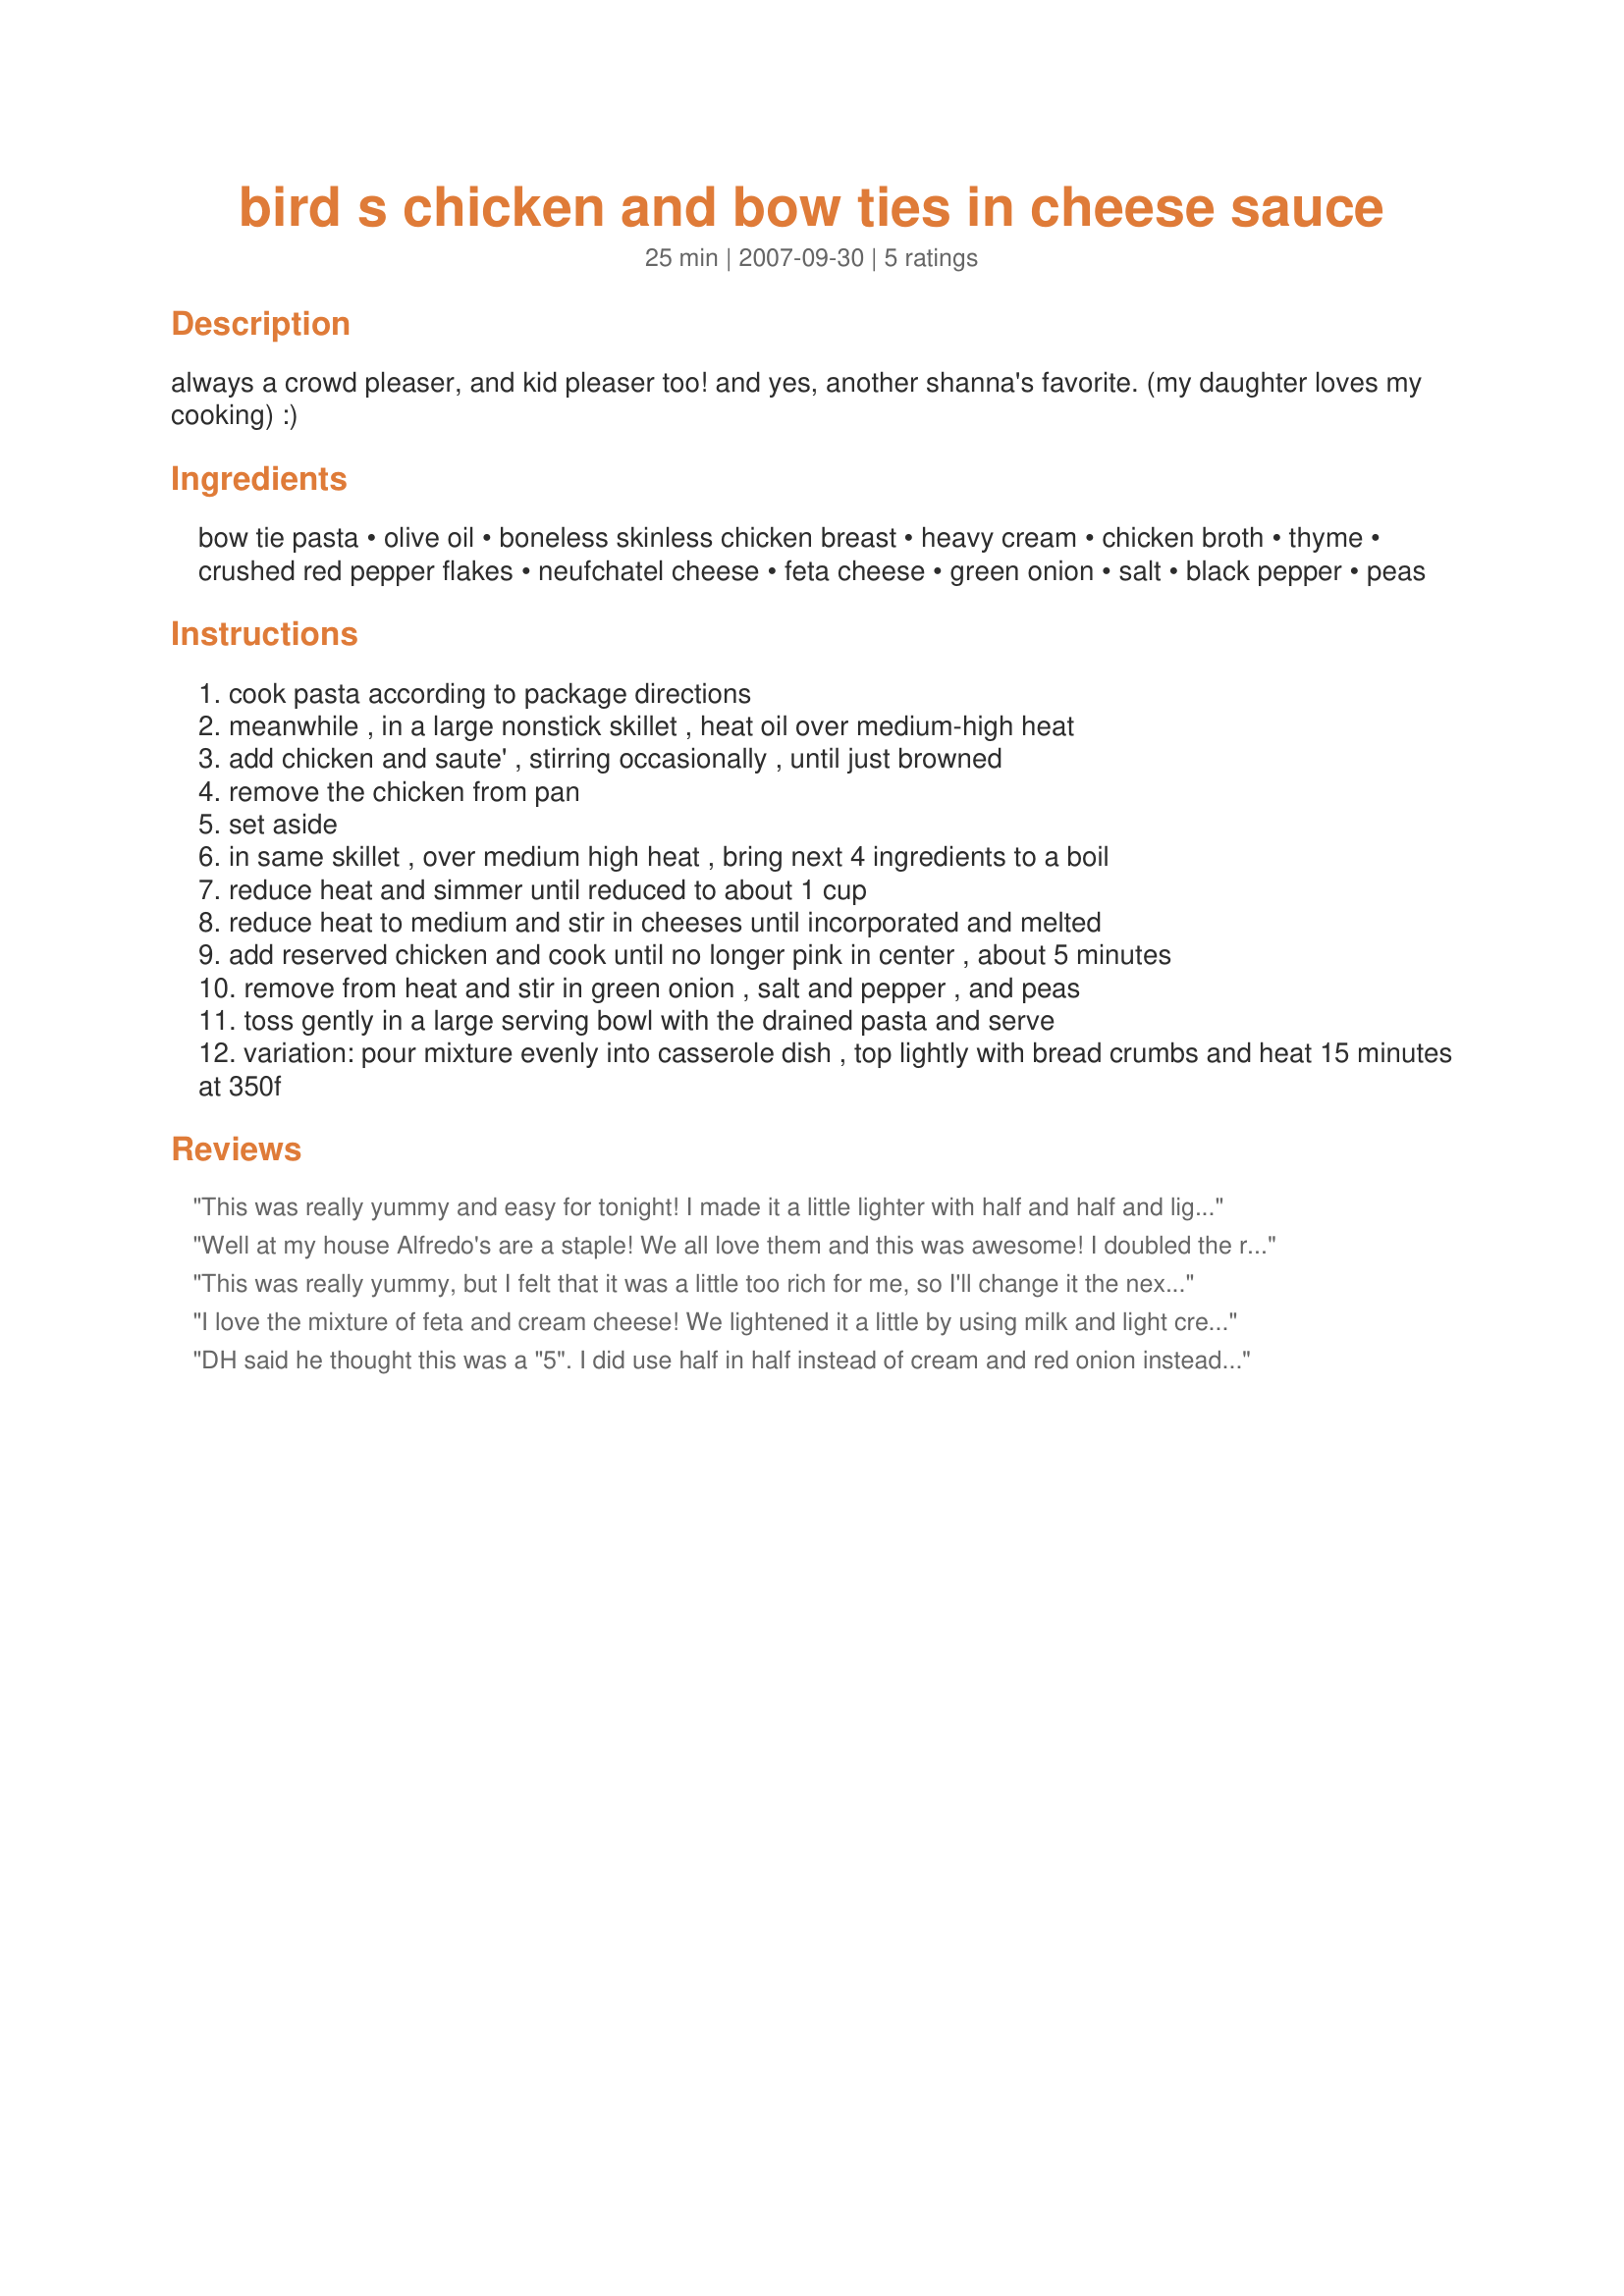
bird s chicken and bow ties in cheese sauce
Preparation time: 25 minutes

always a crowd pleaser, and kid pleaser too!
and yes, another shanna's favorite. (my daughter loves my cooking) :)

Ingredients:
bow tie pasta, olive oil, boneless skinless chicken breast, heavy cream, chicken broth, thyme, crushed red pepper flakes, neufchatel cheese, feta cheese, green onion, salt, black pepper, peas

Steps:
cook pasta according to package directions
meanwhile , in a large nonstick skillet , heat oil over medium-high heat
add chicken and saute' , stirring occasionally , until just browned
remove the chicken from pan
set aside
in same skillet , over medium high heat , bring next 4 ingredients to a boil
reduce heat and simmer until reduced to about 1 cup
reduce heat to medium and stir in cheeses until incorporated and melted
add reserved chicken and cook until no longer pink in center , about 5 minutes
remove from heat and stir in green onion , salt and pepper , and peas
toss gently in a large serving bowl with the drained pasta and serve
variation: pour mixture evenly into casserole dish , top lightly with bread crumbs and heat 15 minutes at 350f

Reviews:
This was really yummy and easy for tonight! I made it a little lighter with half and half and light cream cheese. I also only used 6 oz of pasta and that was plenty. :) It was gobbled up! Thanks, 2Bleu!!
Well at my house Alfredo's are a staple! We all love them and this was awesome! I doubled the recipe for another meal. I know this will taste just as good or better tomorrow. Fantastic comfort food thanks 2Bleu!!
This was really yummy, but I felt that it was a little too rich for me, so I'll change it the next time by using 1/2 n 1/2 instead of cream. I decided to grill my chicken instead of sauteing, then sliced thin and added with the cooked pasta. I may also try different cheeses, just for fun, gorgonzola comes to mind at the moment. Overall, very good, and I'll definately make again.
I love the mixture of feta and cream cheese! We lightened it a little by using milk and light cream cheese and subbed corn for the peas. Excellent! I'll make this again for sure!
DH said he thought this was a "5". I did use half in half instead of cream and red onion instead of green onion. I all ready had left over cooked chicken so I sauted it in olive with 1 teaspoon minced garlic and the red onion and followed the instructions as directed. I also doubled the red pepper flakes. At the end I just added the pasta to the sauce in my pan. Thanks 2Bleu.
